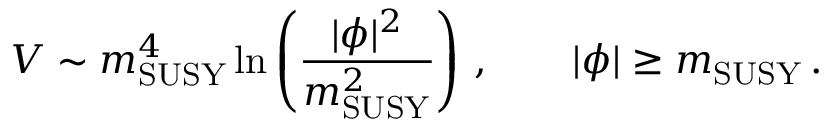
V \sim m _ { \mathrm { S U S Y } } ^ { 4 } \ln \left( \frac { | \phi | ^ { 2 } } { m _ { \mathrm { S U S Y } } ^ { 2 } } \right) \, , \quad \quad | \phi | \geq m _ { \mathrm { S U S Y } } \, .